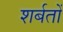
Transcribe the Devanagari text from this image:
शर्बतों